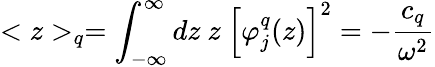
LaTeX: <z>_{q}=\int_{-\infty}^{\infty}dz\ z\ \left[\varphi_{j}^{q}(z)\right]^{2}=-\frac{c_{q}}{\omega^{2}}